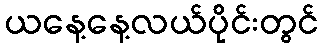
ယနေ့နေ့လယ်ပိုင်းတွင်